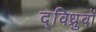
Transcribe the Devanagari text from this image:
द्विध्रुवों